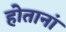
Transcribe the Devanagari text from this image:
होतानां